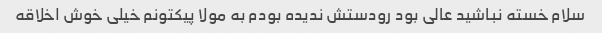
سلام خسته نباشید عالی بود رودستش ندیده بودم به مولا پیکتونم خیلی خوش اخلاقه